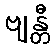
ဗျန္တီ